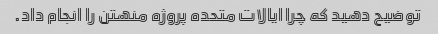
توضیح دهید که چرا ایالات متحده پروژه منهتن را انجام داد.